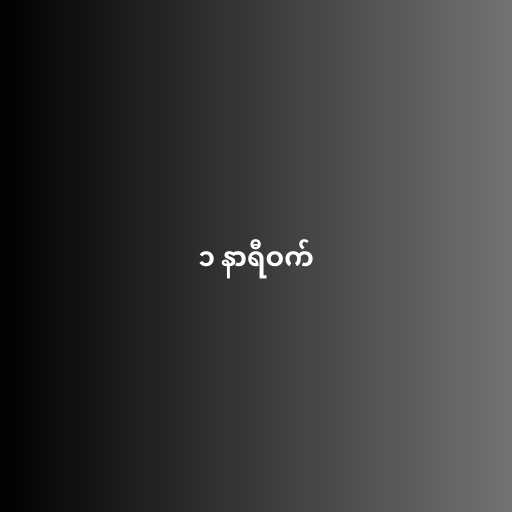
၁ နာရီဝက်